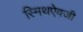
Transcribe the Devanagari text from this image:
स्मिथऐवजी